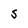
Character: S